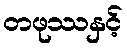
တဖုဿနှင့်